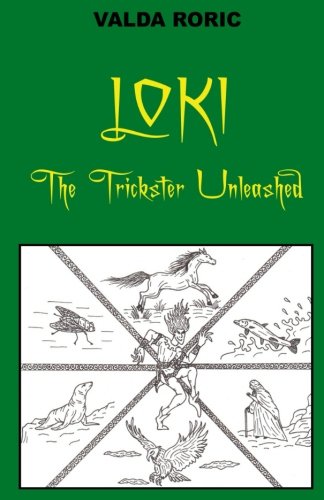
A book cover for Loki - The Trickster Unleashed; Valda Roric; History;